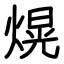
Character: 熀